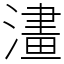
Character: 澅